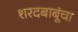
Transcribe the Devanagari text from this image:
शरदबाबूंचा